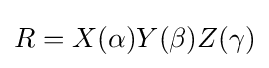
R=X(\alpha )Y(\beta )Z(\gamma )